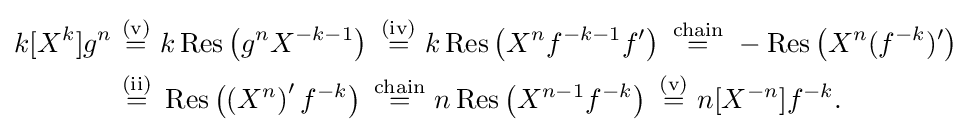
{\begin{aligned}k[X^{k}]g^{n}&\ {\stackrel {\mathrm {(v)} }{=}}\ k\operatorname {Res} \left(g^{n}X^{-k-1}\right)\ {\stackrel {\mathrm {(iv)} }{=}}\ k\operatorname {Res} \left(X^{n}f^{-k-1}f'\right)\ {\stackrel {\mathrm {chain} }{=}}\ -\operatorname {Res} \left(X^{n}(f^{-k})'\right)\\&\ {\stackrel {\mathrm {(ii)} }{=}}\ \operatorname {Res} \left(\left(X^{n}\right)'f^{-k}\right)\ {\stackrel {\mathrm {chain} }{=}}\ n\operatorname {Res} \left(X^{n-1}f^{-k}\right)\ {\stackrel {\mathrm {(v)} }{=}}\ n[X^{-n}]f^{-k}.\end{aligned}}